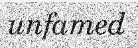
unfamed